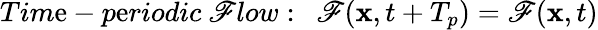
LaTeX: Tim\mathrm{e}-p\mathrm{e}riodic\ \mathscr{F}low:\ \ \mathbf{{\mathscr{F}}}(\mathbf{{x}},t+T_{p})=\mathbf{{\mathscr{F}}}(\mathbf{{x}},t)